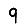
Digit: 9